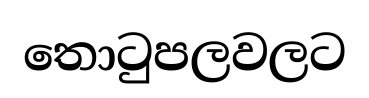
තොටුපලවලට